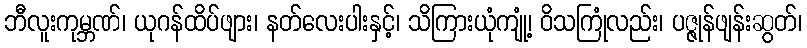
ဘီလူးကုမ္ဘဏ်၊ ယုဂန်ထိပ်ဖျား၊ နတ်လေးပါးနှင့်၊ သိကြားယုံကျုံ့၊ ဝိသကြုံလည်း၊ ပဇ္ဇုန်ဖျန်းဆွတ်၊